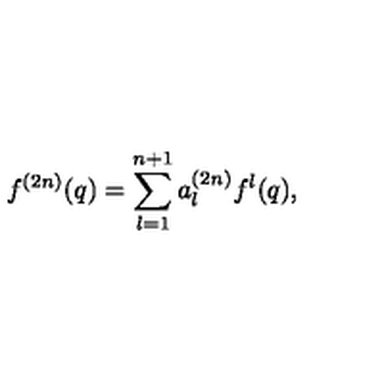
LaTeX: f ^ { ( 2 n ) } ( q ) = \sum _ { l = 1 } ^ { n + 1 } a _ { l } ^ { ( 2 n ) } f ^ { l } ( q ) ,